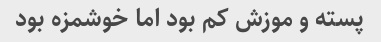
پسته و موزش کم بود اما خوشمزه بود